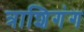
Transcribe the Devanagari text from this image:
त्राशिगंग